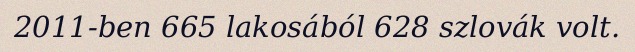
2011-ben 665 lakosából 628 szlovák volt.